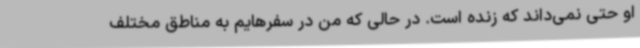
او حتی نمی‌داند که زنده است. در حالی که من در سفرهایم به مناطق مختلف